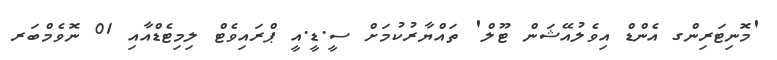
'މޮނިޓަރިންގ އެންޑް އިވެލުއޭޝަން ޓޫލް' ތައްޔާރުކުމަށް ސީ.ޑީ.އީ ޕްރައިވެޓް ލިމިޓެޑްއާއި 01 ނޮވެމްބަރ